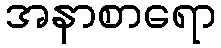
အနာစာရော